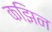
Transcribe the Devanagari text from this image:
कझिन